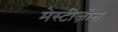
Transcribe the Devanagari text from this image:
मेस्टीज़ोस